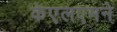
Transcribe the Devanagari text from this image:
केएलएमने